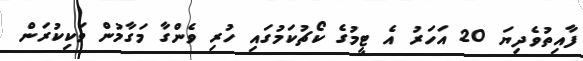
ފާއިތުވެދިޔަ 20 އަހަރު އެ ޓީމުގެ ކޯޗުކަމުގައި ހުރި ވެންގާ މަގާމުން ވަކިކުރަން